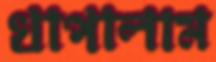
খাপালাম